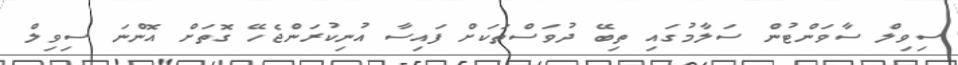
ސިވިލް ސާވަންޓުން ސަލާމުގައި ތިބޭ ދުވަސްތަކަށް ފައިސާ އުނިކުރަންޖެހޭ ގޮތަށް އޮންނަ ސިވިލް